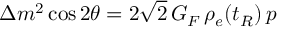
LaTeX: \Delta m ^ { 2 } \cos { 2 \theta } = 2 \sqrt { 2 } \, G _ { F } \, \rho _ { e } ( t _ { R } ) \, p